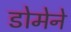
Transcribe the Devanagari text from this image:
डोमेने